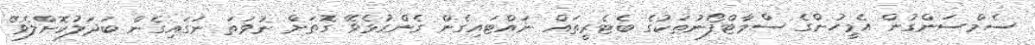
ސެމްސަންގުން އެމީހުންގެ ސްމާޓްފޯނުތަކުގެ ބެޓެރީތައް ނައްޓައިގެން ގެންގުޅެވޭ ގޮތަށް ނުވަތަ ނަގައިގެން ބަދަލުކޮށްލެވޭ